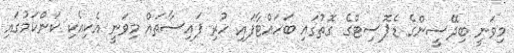
މިވަނީ ބިދޭސީންގެ ޑެޕޮސިޓްގެ ގޮތުގައި ބަހައްޓާފައި ހުރި ފައިސާތައް މިވަނީ އެކިއެކި ކަންކަމުގައި